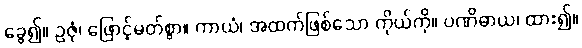
ခွေ၍။ ဥဇုံ၊ ဖြောင့်မတ်စွာ။ ကာယံ၊ အထက်ဖြစ်သော ကိုယ်ကို။ ပဏိဓာယ၊ ထား၍။